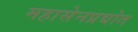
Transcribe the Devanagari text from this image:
महासेनप्रद्योत